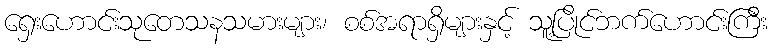
ရှေးဟောင်းသုတေသနသမားများ၊ စစ်အရာရှိများနှင့် သူ့ပြိုင်ဘက်ဟောင်းကြီး